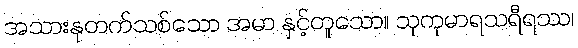
အသားနုတက်သစ်သော အမာ နှင့်တူသော။ သုကုမာရသရီရဿ၊